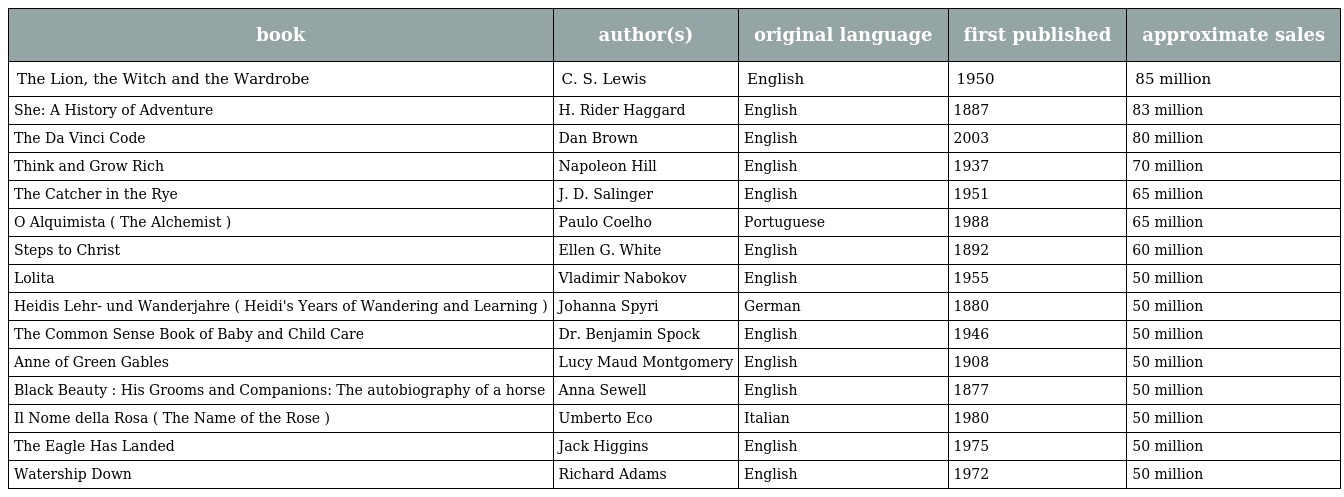
| book | author(s) | original language | first published | approximate sales |
 | --- | --- | --- | --- | --- |
 | The Lion, the Witch and the Wardrobe | C. S. Lewis | English | 1950 | 85 million |
 | She: A History of Adventure | H. Rider Haggard | English | 1887 | 83 million |
 | The Da Vinci Code | Dan Brown | English | 2003 | 80 million |
 | Think and Grow Rich | Napoleon Hill | English | 1937 | 70 million |
 | The Catcher in the Rye | J. D. Salinger | English | 1951 | 65 million |
 | O Alquimista ( The Alchemist ) | Paulo Coelho | Portuguese | 1988 | 65 million |
 | Steps to Christ | Ellen G. White | English | 1892 | 60 million |
 | Lolita | Vladimir Nabokov | English | 1955 | 50 million |
 | Heidis Lehr- und Wanderjahre ( Heidi's Years of Wandering and Learning ) | Johanna Spyri | German | 1880 | 50 million |
 | The Common Sense Book of Baby and Child Care | Dr. Benjamin Spock | English | 1946 | 50 million |
 | Anne of Green Gables | Lucy Maud Montgomery | English | 1908 | 50 million |
 | Black Beauty : His Grooms and Companions: The autobiography of a horse | Anna Sewell | English | 1877 | 50 million |
 | Il Nome della Rosa ( The Name of the Rose ) | Umberto Eco | Italian | 1980 | 50 million |
 | The Eagle Has Landed | Jack Higgins | English | 1975 | 50 million |
 | Watership Down | Richard Adams | English | 1972 | 50 million |